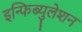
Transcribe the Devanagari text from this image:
इन्फिब्युलेशन